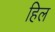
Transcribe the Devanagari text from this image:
हिल